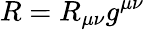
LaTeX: R=R_{\mu\nu}g^{\mu\nu}